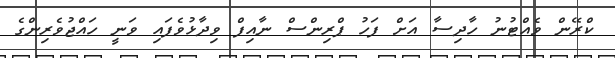
ކްރޭން ވެއްޓުނު ހާދިސާ އަށް ފަހު ޕްރިންސް ނާއިފް ވިދާޅުވެފައި ވަނީ ހައްޖުވެރިންގެ